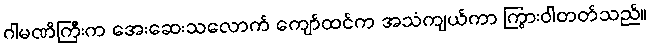
ဂါမဏိကြီးက အေးဆေးသလောက် ကျော်ထင်က အသံကျယ်ကာ ကြွားဝါတတ်သည်။